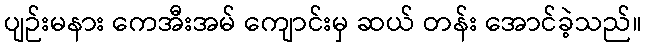
ပျဉ်းမနား ကေအီးအမ် ကျောင်းမှ ဆယ် တန်း အောင်ခဲ့သည်။